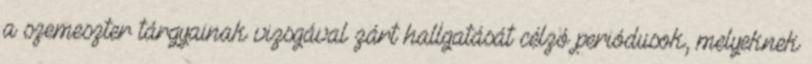
a szemeszter tárgyainak vizsgával zárt hallgatását célzó periódusok, melyeknek